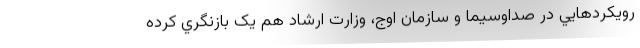
رويکردهايي در صداوسيما و سازمان اوج، وزارت ارشاد هم يک بازنگري کرده